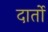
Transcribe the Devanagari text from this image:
दार्तो